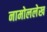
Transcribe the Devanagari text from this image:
नामोललेख